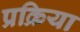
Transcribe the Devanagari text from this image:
प्रक्रिया